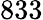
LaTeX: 833